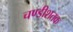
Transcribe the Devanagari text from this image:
चण्डीशतक